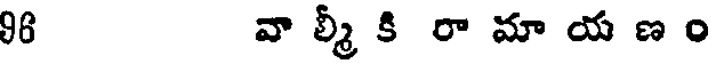
96 వా ల్మీ కి రా మా య ణ ం